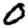
Digit: 0